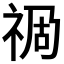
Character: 𥙯